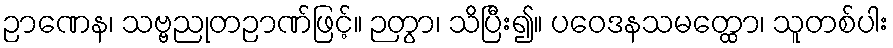
ဉာဏေန၊ သဗ္ဗညုတဉာဏ်ဖြင့်။ ဉတွာ၊ သိပြီး၍။ ပဝေဒနသမတ္ထော၊ သူတစ်ပါး